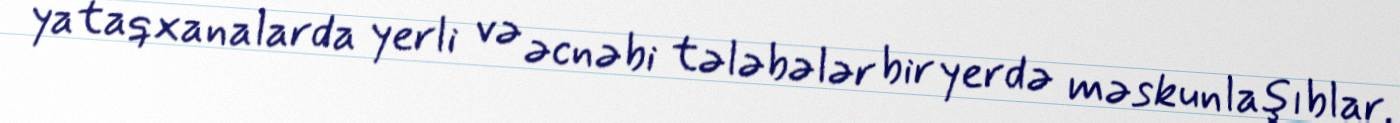
yataqxanalarda yerli və əcnəbi tələbələr bir yerdə məskunlaşıblar.